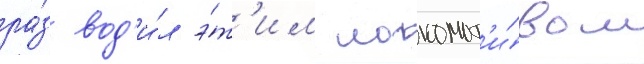
ра́з вод'и́л э́т'им локомот'и́вом